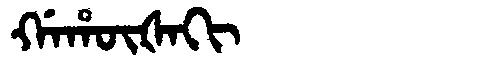
Manchu: ᡤᠠᡥᡡᡧᠠᡴᡳ
Romanization: GAHŪŠAKI